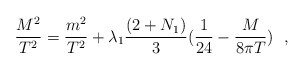
\begin{align*}\frac{M^2}{T^2}= \frac{m^2}{T^2} + \lambda_1 \frac{(2+N_1)}{3} (\frac{1}{24}-\frac{M}{8\pi T})~~, \end{align*}